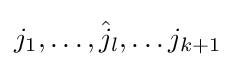
j_{1},\dots ,{\hat {j}}_{l},\dots j_{k+1}